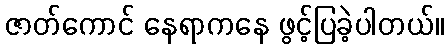
ဇာတ်ကောင် နေရာကနေ ဖွင့်ပြခဲ့ပါတယ်။